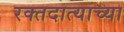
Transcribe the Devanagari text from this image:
रक्तदात्याच्या